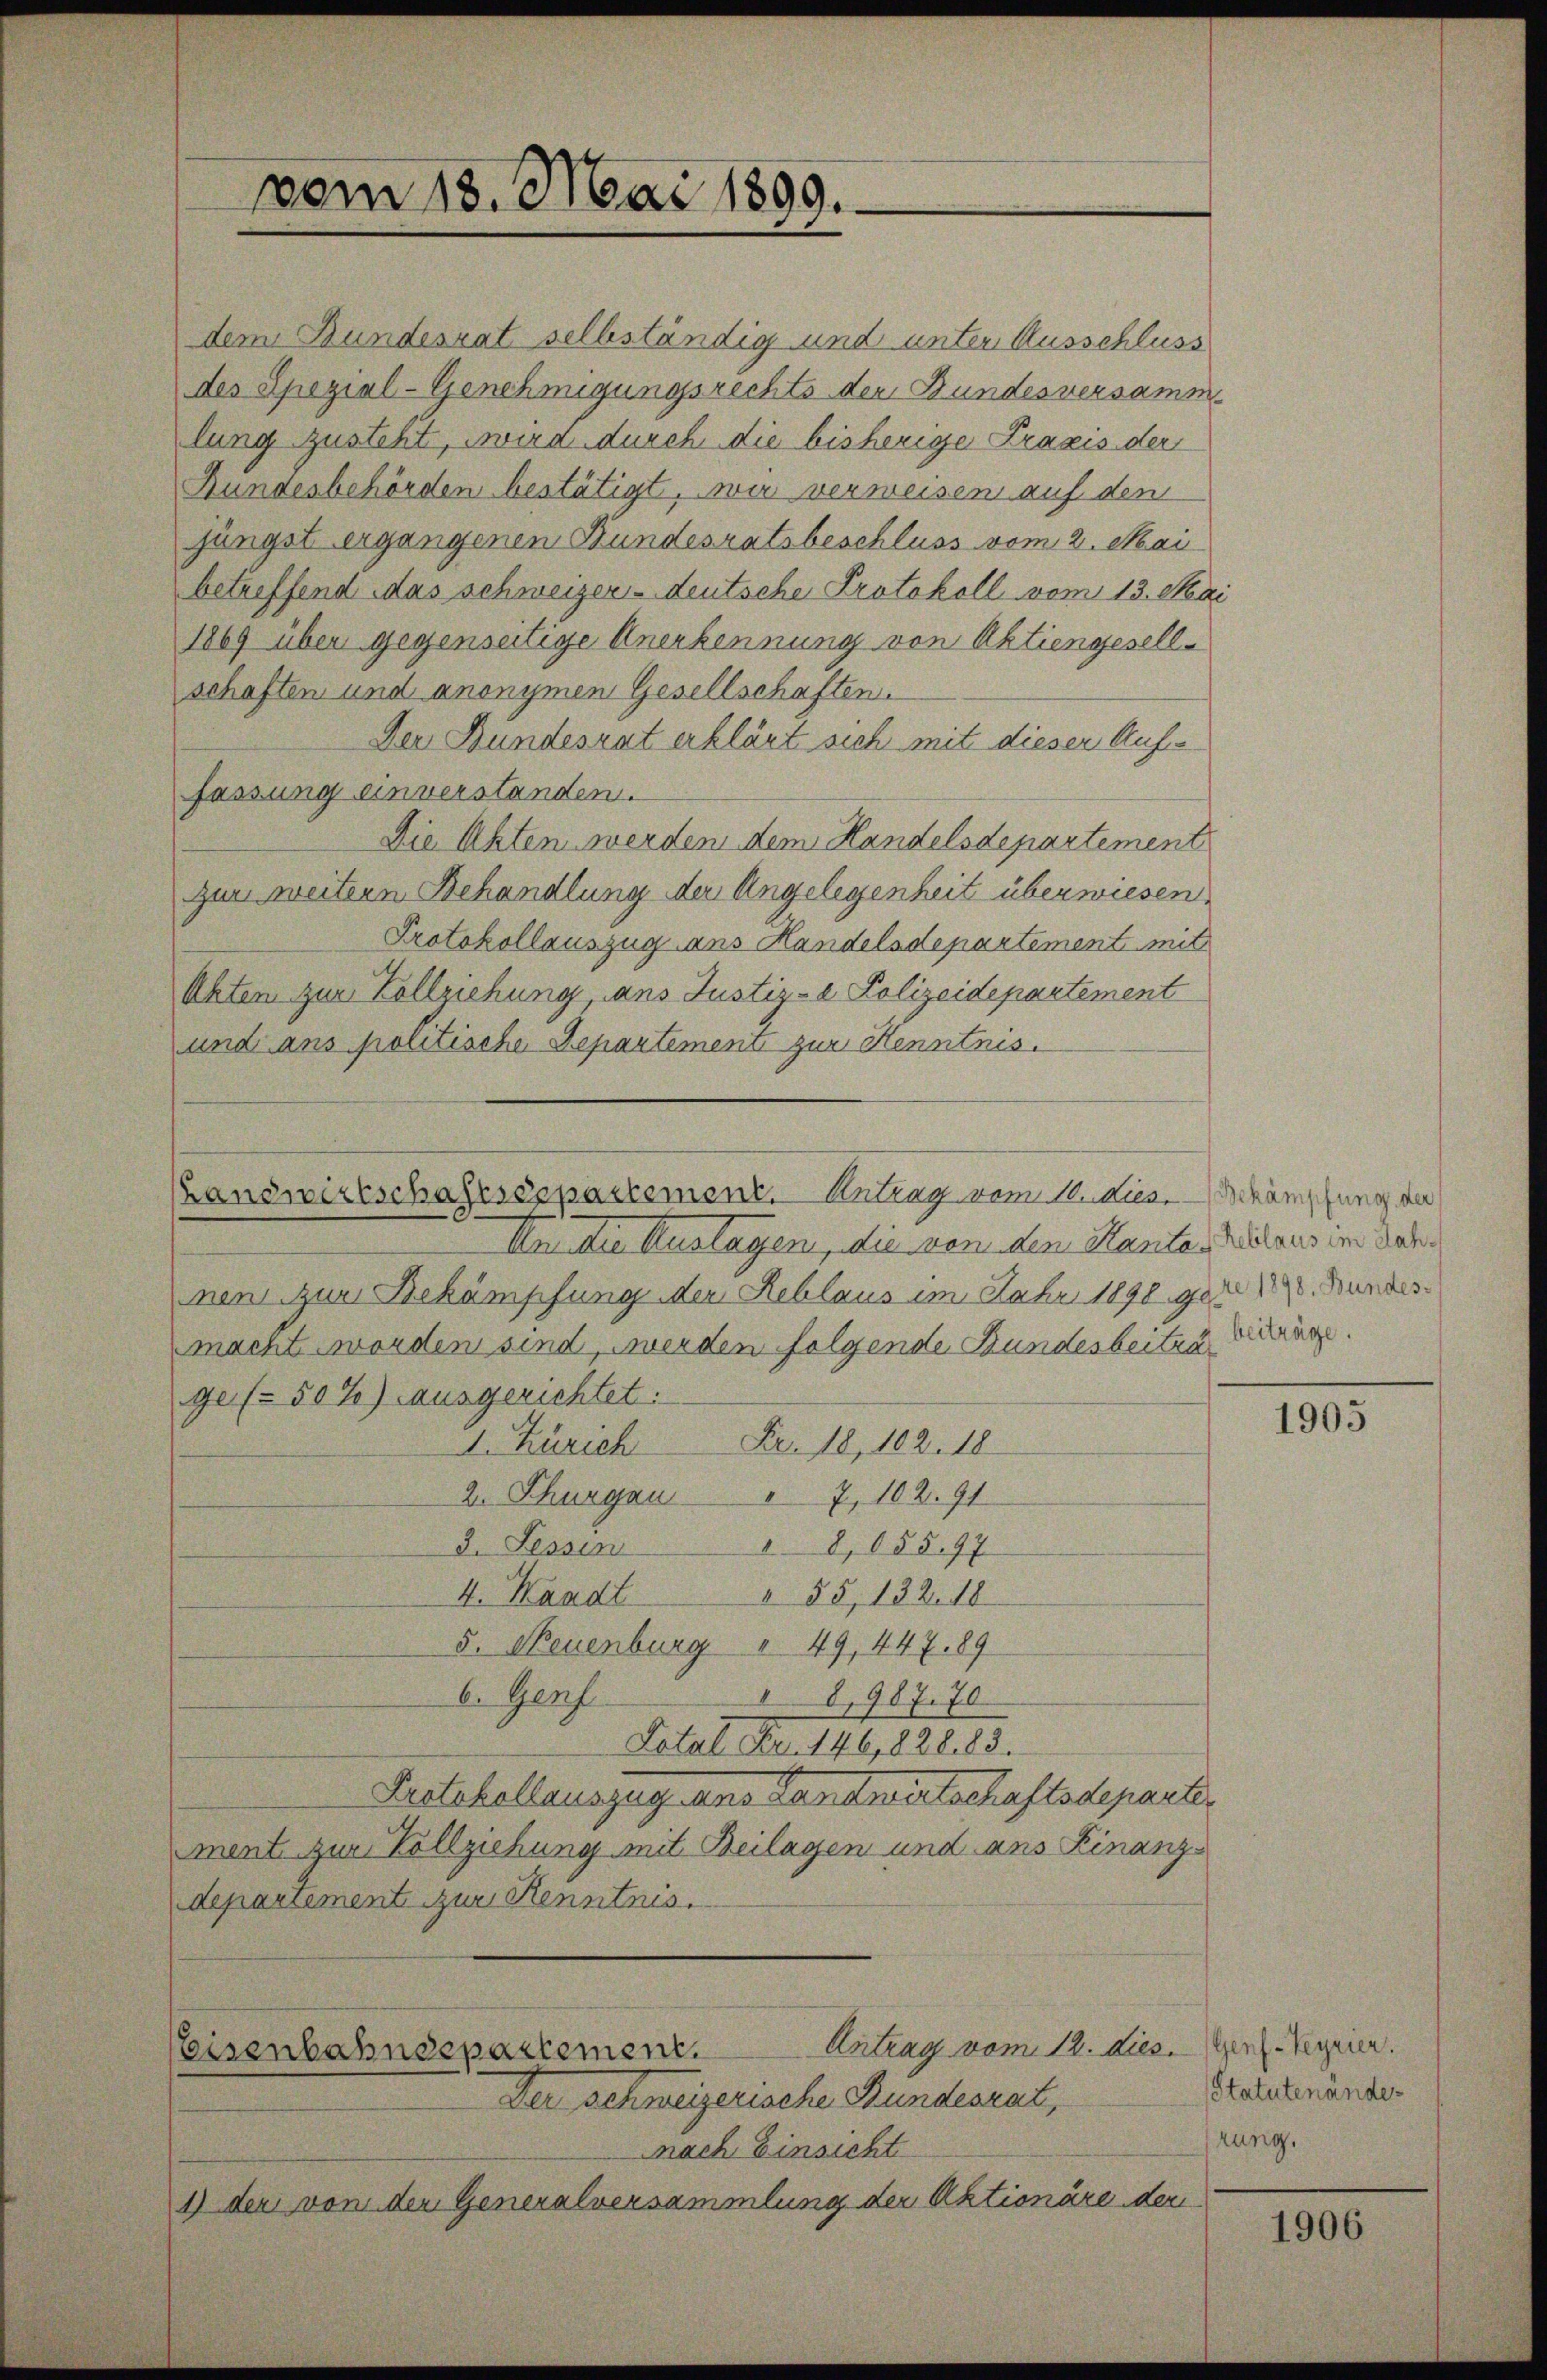
dem Bundesrat selbständig und unter Ausschluss
des Spezial- Genehmigungsrechts der Bundesversamme
lung zusteht, wird durch die bisherige Praxis der
Bundesbehörden bestätigt, wir verweisen auf den
jüngst ergangenen Bundesratsbeschluss vom 2. Mai
betreffend das schweizer- deutsche Protokoll vom 13. Mai
1869 über gegenseitige Anerkennung von Aktiengesellschaften und anonymen Gesellschaften.
Den Bundesrat erklärt sich mit dieser Aufs
fassung einverstanden.
Die Akten werden dem Handelsdepartement
zur weitern Behandlung der Angelegenheit überwiesen.
Protokollauszug ans Handelsdepartement mit
Ahten zum Vollziehung, ans Justiz-e Polizeidepartement
und ans politische Departement zur Kenntnis.

vom 18. Mai 1899.

Handwirtschaftssepartement. Antrag vom 14. dies. — Bekämpfung der

Antrag vom 12. dies
Eisenbahndepartement.
Der schweizerische Bundesrat,

Von die Auslagen, die von den Hautantitausen dah
nen zur Bekämpfung der Reblaus im Jahr 1890 gere 198. Bundesmacht worden sind, werden folgende Bundesbeiten Betrage.
ge 50%) ausgerichtet:
I. Zürich Fr. 18, 102. 18
2. Thurgau " 7, 102. 91
8,055.97
3. Tessin
§ 55, 132. 18
4. Waadt
5. Neuenburg " 49, 447 89
6. Genf
8,987. 70
Total Fr. 146,828. 83.
Protokollauszug ans Landwirtschaftsdepart.
ment zur Vollziehung mit Beilagen und ans Kinanzdepartement zur Kenntnis.

nach Einsicht
1) der von der Generalversammlung der Aktionäre der

1905

(Genf-Veyrier.
Statutenänder
rung.

1906